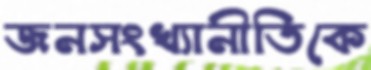
জনসংখ্যানীতিকে